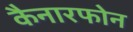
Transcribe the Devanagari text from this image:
कैनारफोन